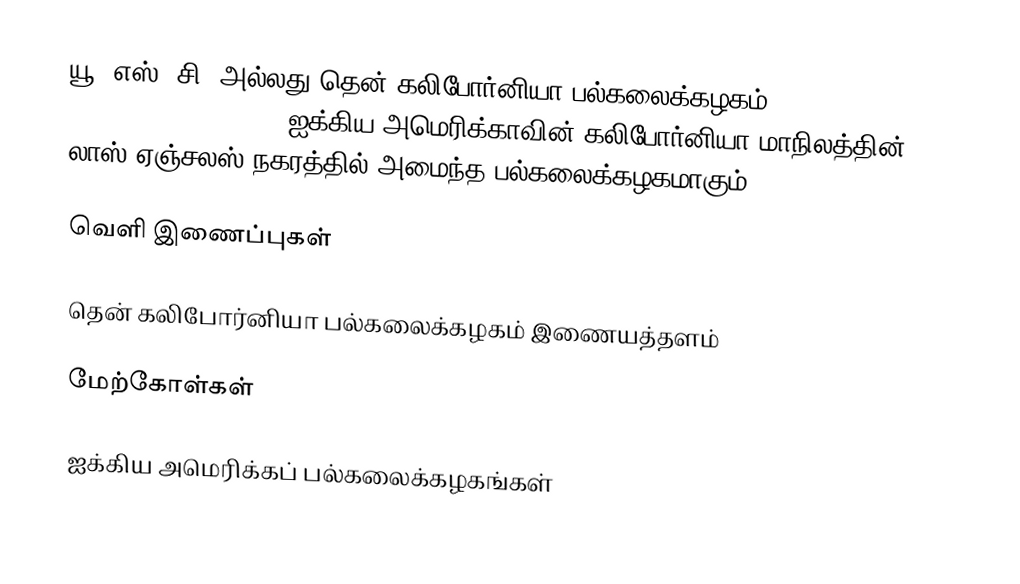
யூ. எஸ். சி. அல்லது தென் கலிபோர்னியா பல்கலைக்கழகம் (University of Southern California), ஐக்கிய அமெரிக்காவின் கலிபோர்னியா மாநிலத்தின் லாஸ் ஏஞ்சலஸ் நகரத்தில் அமைந்த பல்கலைக்கழகமாகும்.

வெளி இணைப்புகள்

 தென் கலிபோர்னியா பல்கலைக்கழகம் இணையத்தளம்

மேற்கோள்கள்

ஐக்கிய அமெரிக்கப் பல்கலைக்கழகங்கள்